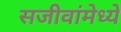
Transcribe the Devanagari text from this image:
सजीवांमेध्ये